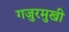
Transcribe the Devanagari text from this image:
गजुरमुखी